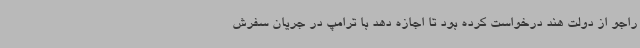
راجو از دولت هند درخواست کرده بود تا اجازه دهد با ترامپ در جریان سفرش